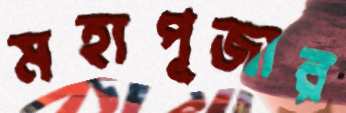
মহাপূজার